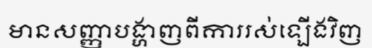
មានសញ្ញាបង្ហាញពីការរស់ឡើងវិញ